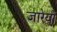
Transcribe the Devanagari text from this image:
जारेयों